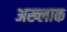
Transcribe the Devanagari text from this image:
अख्लाक